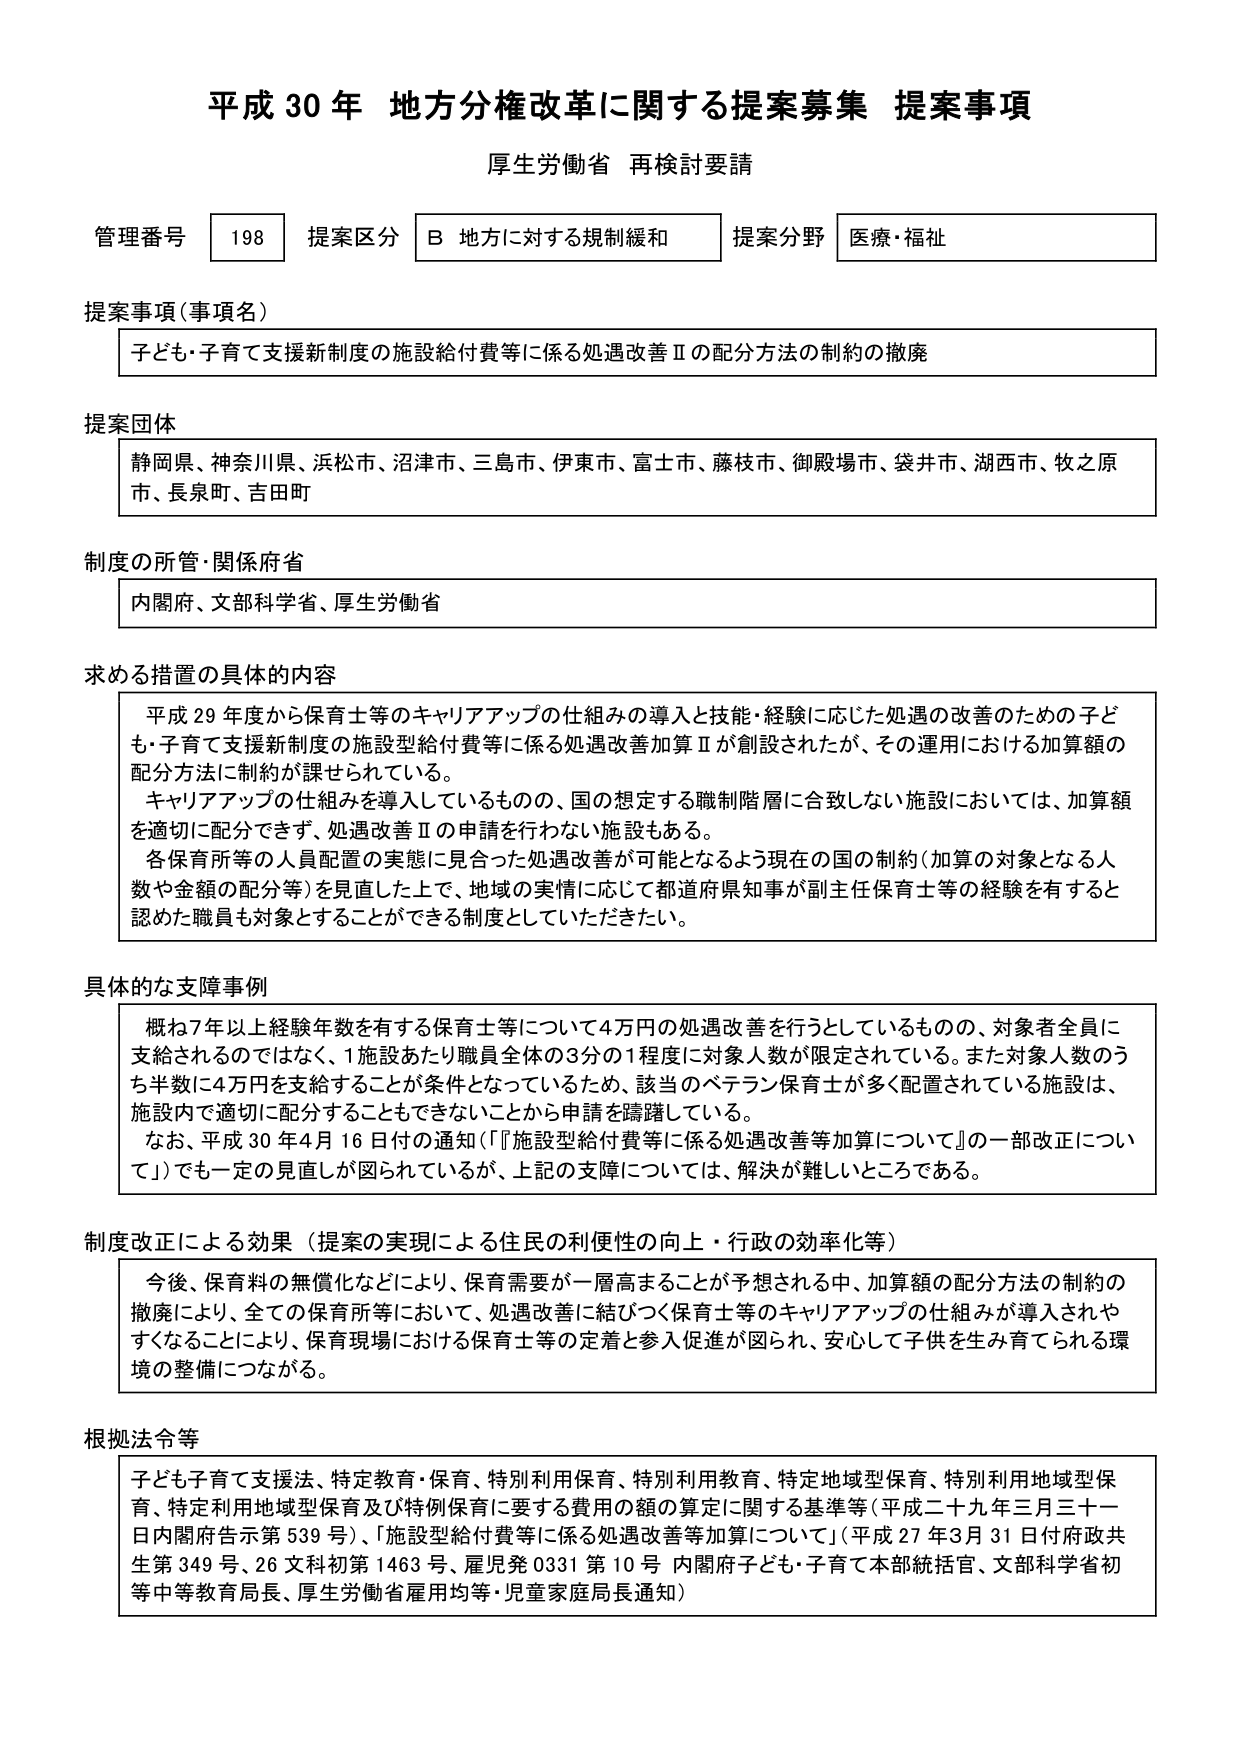
平成30年 地方分権改革に関する提案募集 提案事項
厚生労働省 再検討要請

管理番号 198 提案区分 B 地方に対する規制緩和 提案分野 医療・福祉

提案事項（事項名）
子ども・子育て支援新制度の施設給付費等に係る処遇改善Ⅱの配分方法の制約の撤廃

提案団体
静岡県、神奈川県、浜松市、沼津市、三島市、伊東市、富士市、藤枝市、御殿場市、袋井市、湖西市、牧之原市、長泉町、吉田町

制度の所管・関係府省
内閣府、文部科学省、厚生労働省

求める措置の具体的な内容
平成29年度から保育士等のキャリアアップの仕組みの導入と技能・経験に応じた処遇の改善のための子ども・子育て支援新制度の施設型給付費等に係る処遇改善加算Ⅱが創設されたが、その運用における加算額の配分方法に制約が課せられている。
キャリアアップの仕組みを導入しているものの、国の想定する職制階層に合致しない施設においては、加算額を適切に配分できず、処遇改善Ⅱの申請を行わない施設もある。
各保育所等の人員配置の実態に見合った処遇改善が可能となるよう現在の国の制約（加算の対象となる人数や金額の配分等）を見直した上で、地域の実情に応じて都道府県知事が副主任保育士等の経験を有すると認めた職員も対象とすることができる制度としていただきたい。

具体的な支障事例
概ね7年以上経験年数を有する保育士等について4万円の処遇改善を行うとしているものの、対象者全員に支給されるのではなく、1施設あたり職員全体の3分の1程度に対象人数が限定されている。また対象人数のうち数に4万円を支給することが条件となっているため、該当のベテラン保育士が多く配置されている施設は、施設内で適切に配分することもできないことから申請を躊躇している。
なお、平成30年4月16日付の通知（「施設型給付費等に係る処遇改善等加算について」の一部改正について）でも一定の見直しが図られているが、上記の支障については、解決が難しいところである。

制度改正による効果（提案の実現による住民の利便性の向上・行政の効率化等）
今後、保育料の無償化などにより、保育需要が一層高まることが予想される中、加算額の配分方法の制約の撤廃により、全ての保育所等において、処遇改善に結びつく保育士等のキャリアアップの仕組みが導入されやすくなることにより、保育現場における保育士等の定着と参入促進が図られ、安心して子供を生み育てられる環境の整備につながる。

根拠法令等
子ども子育て支援法、特定教育・保育、特別利用保育、特別利用教育、特定地域型保育、特別利用地域型保育、特定利用地域型保育及び特例保育に要する費用の額の算定に関する基準等（平成二十九年三月三十一日内閣府告示第539号）、「施設型給付費等に係る処遇改善等加算について」（平成27年3月31日付府政共生第349号、26文科初第1463号、雇見発0331第10号 内閣府子ども・子育て本部統括官、文部科学省初等中等教育局長、厚生労働省雇用均等・児童家庭局長通知）